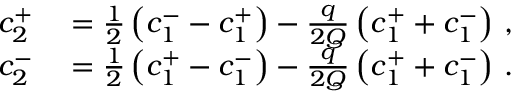
\begin{array} { r l } { c _ { 2 } ^ { + } } & { { } = \frac { 1 } { 2 } \left( c _ { 1 } ^ { - } - c _ { 1 } ^ { + } \right) - \frac { q } { 2 Q } \left( c _ { 1 } ^ { + } + c _ { 1 } ^ { - } \right) \, , } \\ { c _ { 2 } ^ { - } } & { { } = \frac { 1 } { 2 } \left( c _ { 1 } ^ { + } - c _ { 1 } ^ { - } \right) - \frac { q } { 2 Q } \left( c _ { 1 } ^ { + } + c _ { 1 } ^ { - } \right) \, . } \end{array}